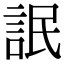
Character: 䛉